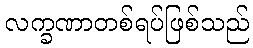
လက္ခဏာတစ်ရပ်ဖြစ်သည်